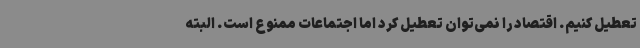
تعطیل کنیم. اقتصاد را نمی‌توان تعطیل کرد اما اجتماعات ممنوع است. البته